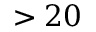
> 2 0